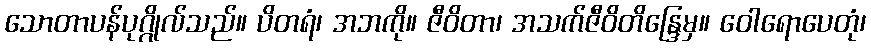
သောတာပန်ပုဂ္ဂိုလ်သည်။ ပိတရံ၊ အဘကို။ ဇီဝိတာ၊ အသက်ဇီဝိတိန္ဒြေမှ။ ဝေါရောပေတုံ၊